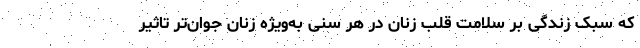
که سبک زندگی بر سلامت قلب زنان در هر سنی به‌ویژه زنان جوان‌تر تاثیر